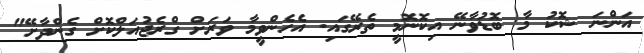
އަންނަ ޝޮކު މާ ބޮޑުވާނޭ އިކޮނޮމީ ތެރޭގައި. އެހެންވީމާ ވަރަށް ގްރެޖުއަލްކޮށް ގެންދާށޭ"